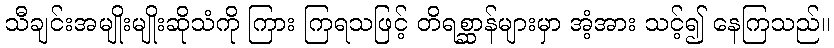
သီချင်းအမျိုးမျိုးဆိုသံကို ကြား ကြရသဖြင့် တိရစ္ဆာန်များမှာ အံ့အား သင့်၍ နေကြသည်။